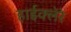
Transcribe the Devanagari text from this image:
हाईक्लेरे